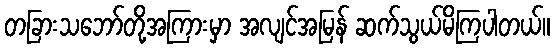
တခြားသဘော်တို့အကြားမှာ အလျင်အမြန် ဆက်သွယ်မိကြပါတယ်။